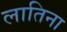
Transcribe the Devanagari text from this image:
लातिना